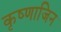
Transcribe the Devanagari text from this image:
कृष्णाजिन